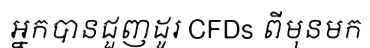
អ្នកបានជួញដូរ CFDs ពីមុនមក